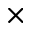
\times